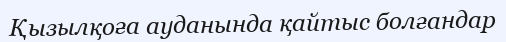
Қызылқоға ауданында қайтыс болғандар